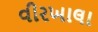
વીરખાલા